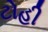
ટોહી